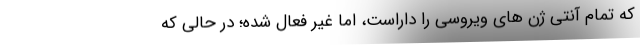
که تمام آنتی ژن های ویروسی را داراست، اما غیر فعال شده؛ در حالی که